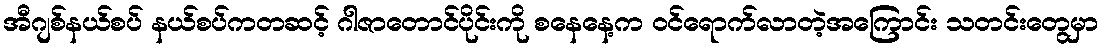
အီဂျစ်နယ်စပ် နယ်စပ်ကတဆင့် ဂါဇာတောင်ပိုင်းကို စနေနေ့က ဝင်ရောက်လာတဲ့အကြောင်း သတင်းတွေမှာ